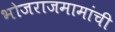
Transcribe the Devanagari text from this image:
भोजराजमामांची